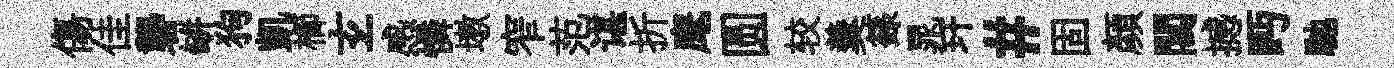
傷佳礱缾狗凱櫛𤣥感憐墩窄范谌折麾圆较羹籙晁玕#固顏閶撼眄馳